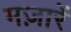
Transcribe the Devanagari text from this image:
मज़ारें